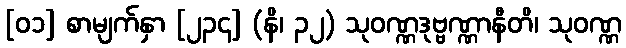
[၀၁] စာမျက်နှာ [၂၃၄] (နိ၊ ၃၂) သုဝဏ္ဏဒုဗ္ဗဏ္ဏာနီတိ၊ သုဝဏ္ဏ